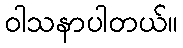
ဝါသနာပါတယ်။